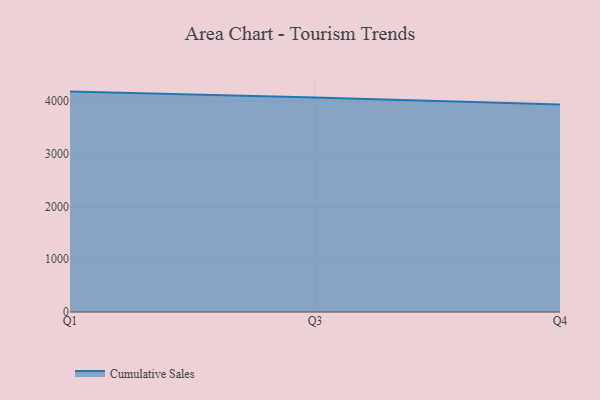
{"axis": {"x": "Quarter", "y": "Active Users"}, "legend": ["Cumulative Sales"], "data": [{"x": "Q1", "y": 4181.2, "type": "Cumulative Sales"}, {"x": "Q3", "y": 4068.8, "type": "Cumulative Sales"}, {"x": "Q4", "y": 3937.0, "type": "Cumulative Sales"}]}